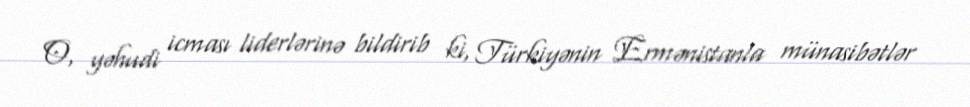
O, yəhudi icması liderlərinə bildirib ki, Türkiyənin Ermənistanla münasibətlər